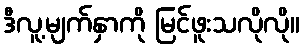
ဒီလူ့မျက်နှာကို မြင်ဖူးသလိုလို။